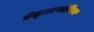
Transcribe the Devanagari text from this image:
बेन्ज़ाल्कोनियम